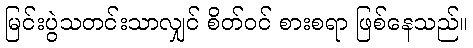
မြင်းပွဲသတင်းသာလျှင် စိတ်ဝင် စားစရာ ဖြစ်နေသည်။